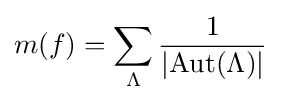
m(f)=\sum _{\Lambda }{1 \over |{\operatorname {Aut} (\Lambda )}|}